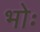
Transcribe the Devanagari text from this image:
भोः